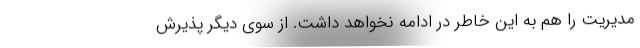
مدیریت را هم به این خاطر در ادامه نخواهد داشت. از سوی دیگر پذیرش